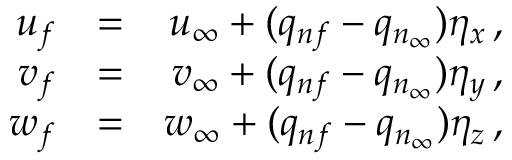
\begin{array} { r l r } { u _ { f } } & { = } & { u _ { \infty } + ( q _ { n f } - q _ { n _ { \infty } } ) \eta _ { x } \, \mathrm { , } } \\ { v _ { f } } & { = } & { v _ { \infty } + ( q _ { n f } - q _ { n _ { \infty } } ) \eta _ { y } \, \mathrm { , } } \\ { w _ { f } } & { = } & { w _ { \infty } + ( q _ { n f } - q _ { n _ { \infty } } ) \eta _ { z } \, \mathrm { , } } \end{array}